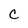
Character: c